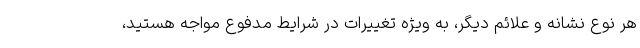
هر نوع نشانه و علائم دیگر، به ویژه تغییرات در شرایط مدفوع مواجه هستید،